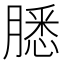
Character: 𬛐